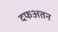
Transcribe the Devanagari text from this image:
दफअतन